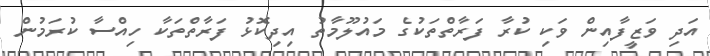
އަދި ވަޒީފާއިން ވަކި ކުރާ ފަރާތްތަކުގެ މައުލޫމާތު އިދިކޮޅު ފަރާތްތަކާ ހިއްސާ ކުރަމުން